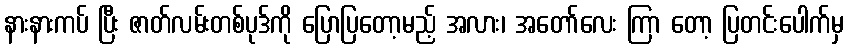
နားနားကပ် ပြီး ဇာတ်လမ်းတစ်ပုဒ်ကို ပြောပြတော့မည့် အလား၊ အတော်လေး ကြာ တော့ ပြတင်းပေါက်မှ